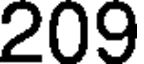
209